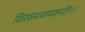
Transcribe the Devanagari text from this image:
शिरसस्त्वय्यवनतिः।।